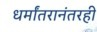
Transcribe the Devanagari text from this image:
धर्मांतरानंतरही